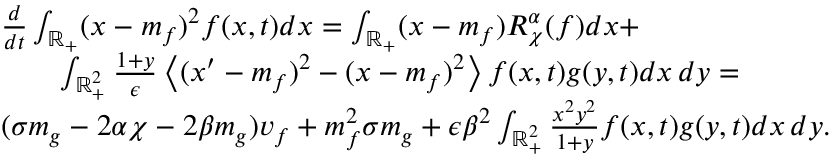
\begin{array} { r l } & { \frac { d } { d t } \int _ { \mathbb R _ { + } } ( x - m _ { f } ) ^ { 2 } f ( x , t ) d x = \int _ { \mathbb R _ { + } } ( x - m _ { f } ) R _ { \chi } ^ { \alpha } ( f ) d x + } \\ & { \qquad \int _ { \mathbb R _ { + } ^ { 2 } } \frac { 1 + y } { \epsilon } \left\langle ( x ^ { \prime } - m _ { f } ) ^ { 2 } - ( x - m _ { f } ) ^ { 2 } \right\rangle f ( x , t ) g ( y , t ) d x \, d y = } \\ & { ( \sigma m _ { g } - 2 \alpha \chi - 2 \beta m _ { g } ) v _ { f } + m _ { f } ^ { 2 } \sigma m _ { g } + \epsilon \beta ^ { 2 } \int _ { \mathbb R _ { + } ^ { 2 } } \frac { x ^ { 2 } y ^ { 2 } } { 1 + y } f ( x , t ) g ( y , t ) d x \, d y . } \end{array}